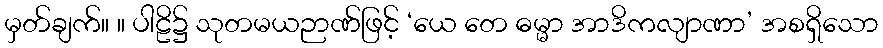
မှတ်ချက်။ ။ ပါဠိ၌ သုတမယဉာဏ်ဖြင့် ‘ယေ တေ ဓမ္မာ အာဒိကလျာဏာ’ အစရှိသော